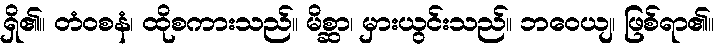
ရှိ၏။ တံဝစနံ၊ ထိုစကားသည်။ မိစ္ဆာ၊ မှားယွင်းသည်။ ဘဝေယျ၊ ဖြစ်ရာ၏။